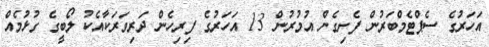
އަހަރުގެ ސެޕްޓެމްބަރުން ފެށިގެން އުމުރުން 13 އަހަރުގެ ފިރިހެން ދަރިވަރަކާއެކު ލޯބީގެ ގުޅުމެއް